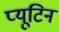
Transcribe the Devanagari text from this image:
प्यूटिन